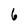
Character: 6